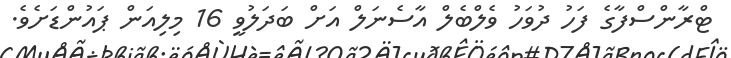
ޓްރާންސްފާގެ ފަހު ދުވަހު ވެލްބެލް އާސެނަލް އަށް ބަދަލުވީ 16 މިލިއަން ޕައުންޑަށެވެ.